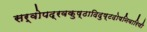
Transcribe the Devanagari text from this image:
सर्वोपद्रवकुष्ठादिदुष्टदोषनिवारिणी